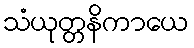
သံယုတ္တနိကာယေ